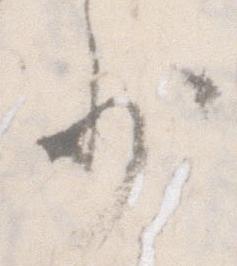
少